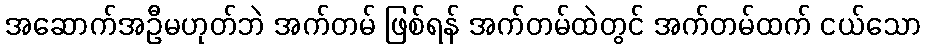
အဆောက်အဦမဟုတ်ဘဲ အက်တမ် ဖြစ်ရန် အက်တမ်ထဲတွင် အက်တမ်ထက် ငယ်သော